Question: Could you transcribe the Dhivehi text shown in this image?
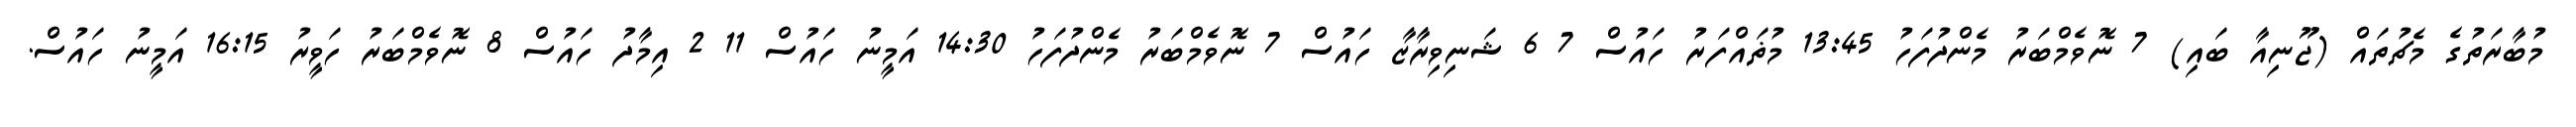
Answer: މުބާރަތުގެ މެޗުތައް (ޖޫނިއާ ބައި) 7 ނޮވެމްބަރު މެންދުފަހު 13:45 މުޡައްފަރު ހައުސް 7 6 ޝަނިވިރާޒާ ހައުސް 7 ނޮވެމްބަރު މެންދުފަހު 14:30 އަމީނު ހައުސް 11 2 އިމާދު ހައުސް 8 ނޮވެމްބަރު ހަވީރު 16:15 އަމީނު ހައުސް.